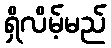
ရှိလိမ့်မည်